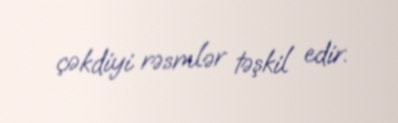
çəkdiyi rəsmlər təşkil edir.